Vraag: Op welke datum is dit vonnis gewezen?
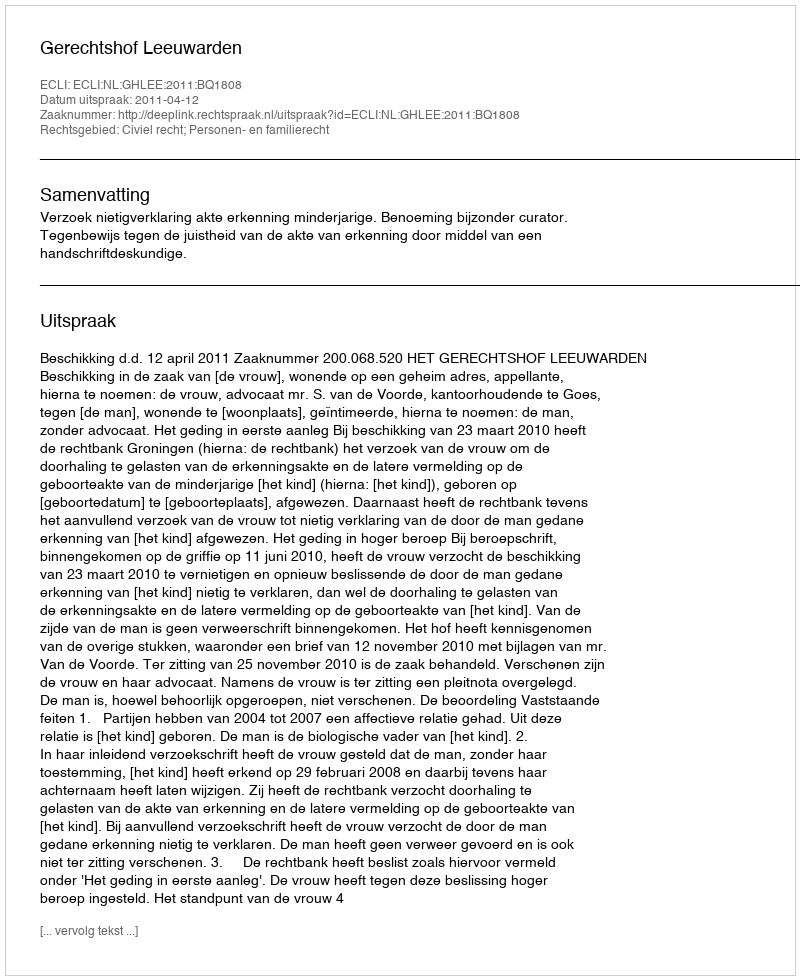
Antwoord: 2011-04-12